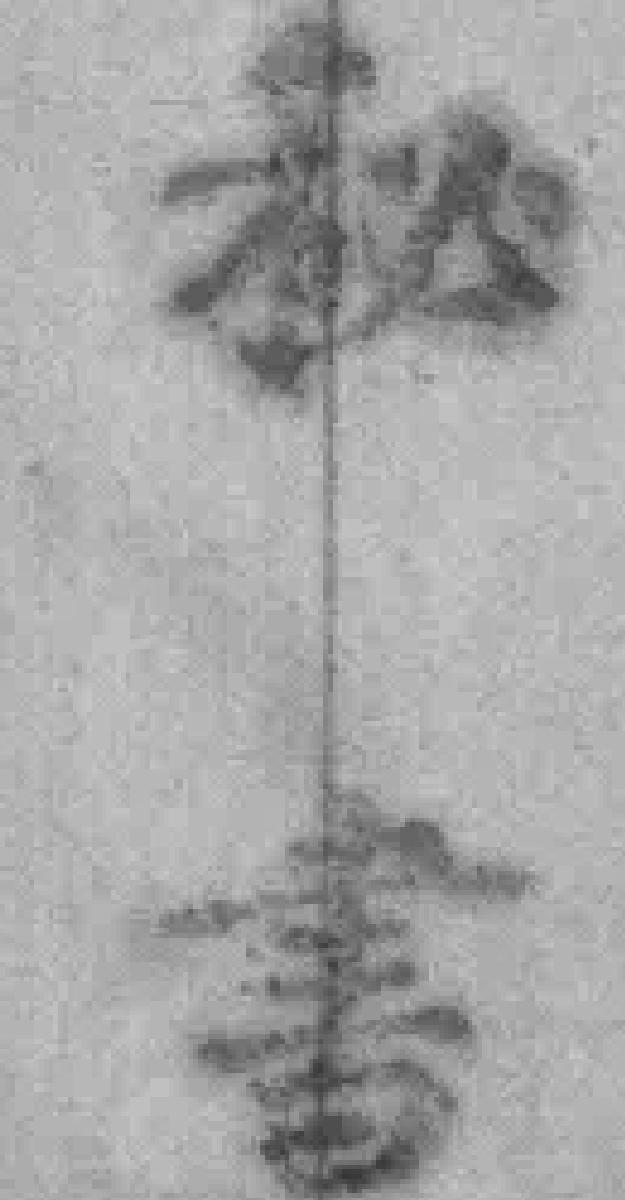
秘書